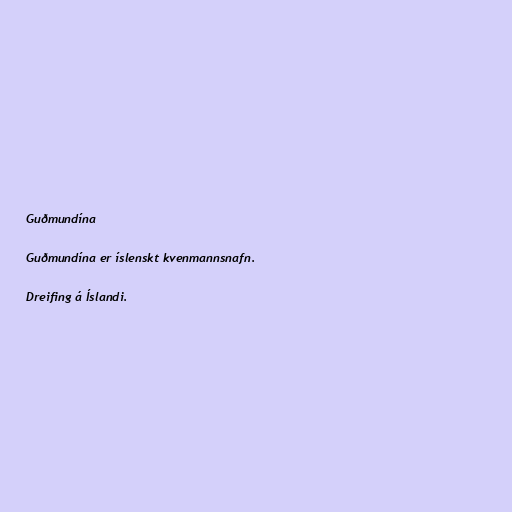
Guðmundína

Guðmundína er íslenskt kvenmannsnafn.

Dreifing á Íslandi.